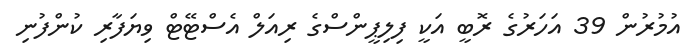
އުމުރުން 39 އަހަރުގެ ރޮބީ އަކީ ފިލިޕީންސްގެ ރިއަލް އެސްޓޭޓް ވިޔަފާރި ކުންފުނި